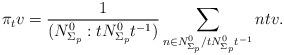
LaTeX: \begin{align*}\pi_tv ={1 \over (N^0_{\Sigma_p} : tN^0_{\Sigma_p}t^{-1})} \sum_{n \in N^0_{\Sigma_p}/tN^0_{\Sigma_p}t^{-1}} ntv.\end{align*}